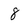
Character: 8